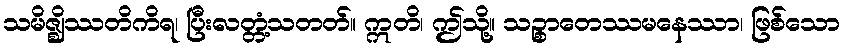
သမိဇ္ဈိဿတိကိရ၊ ပြီးလတ္တံ့သတတ်။ ဣတိ၊ ဤသို့။ သဉ္စာတေဿမနေဿာ၊ ဖြစ်သော